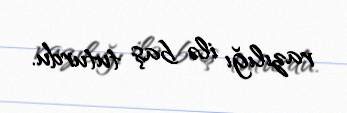
razılığı ilə baş tuturdu.